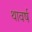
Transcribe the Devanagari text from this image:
थावर्ष